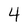
Character: 4